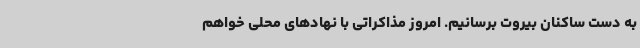
به دست ساکنان بیروت برسانیم. امروز مذاکراتی با نهادهای محلی خواهم